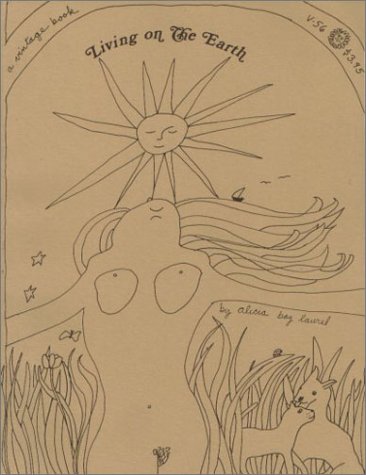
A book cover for Living on the Earth: Celebrations, Storm Warnings, Formulas, Recipes, Rumors, and Country Dances Harvested by Alicia Bay Laurel.; Alicia Bay Laurel; Arts & Photography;